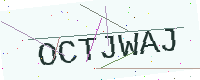
Text: OCTJWAJ